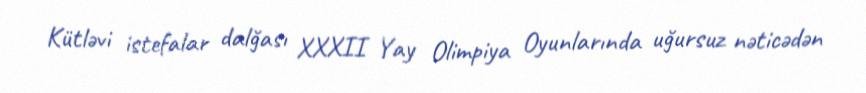
Kütləvi istefalar dalğası XXXII Yay Olimpiya Oyunlarında uğursuz nəticədən